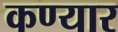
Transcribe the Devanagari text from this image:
कण्यार